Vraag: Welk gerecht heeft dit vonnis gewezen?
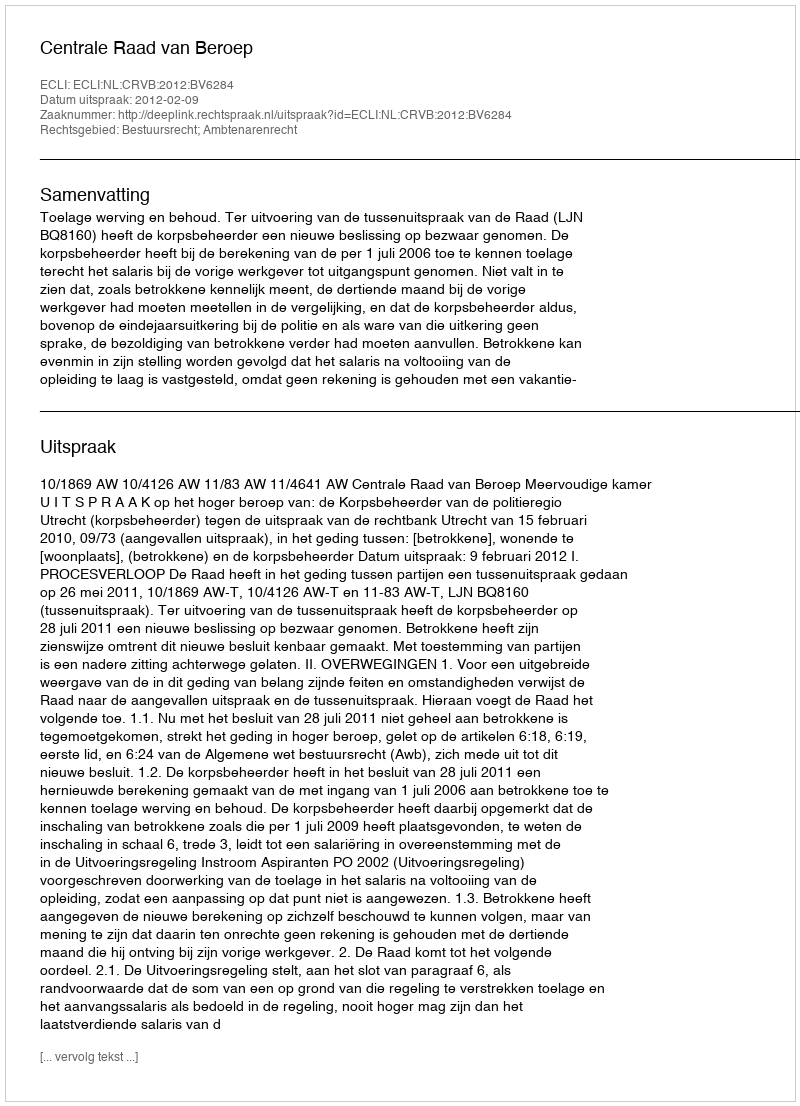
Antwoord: Centrale Raad van Beroep